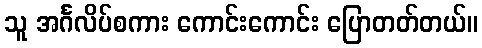
သူ အင်္ဂလိပ်စကား ကောင်းကောင်း ပြောတတ်တယ်။